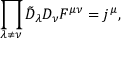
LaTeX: \prod _ { \lambda \ne \nu } \tilde { D } _ { \lambda } D _ { \nu } F ^ { \mu \nu } = j ^ { \mu } ,